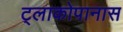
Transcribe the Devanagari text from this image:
ट्लाकोपानास